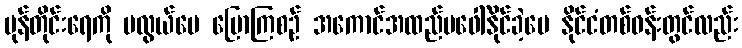
မုန်တိုင်းရေကို မလွယ်ပေ ပြောကြစဉ် အကောင်အထည်မဖေါ်နိုင်ခဲ့ပေ နိုင်ငံတစ်ဝန်းတွင်လည်း